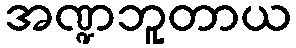
အဏ္ဍဘူတာယ